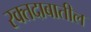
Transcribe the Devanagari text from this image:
रक्तदाबातील